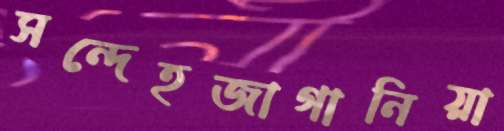
সন্দেহজাগানিয়া